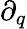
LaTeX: \partial_{q}